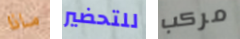
ماذا للتحضير مركب